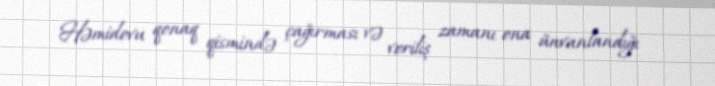
Həmidovu qonaq qismində çağırması və veriliş zamanı ona ünvanlandığı